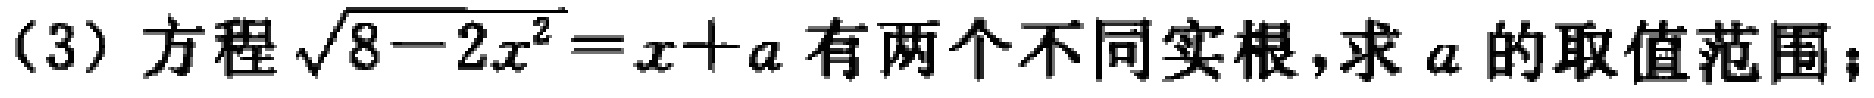
(3) 方程$\sqrt{8 - 2x^{2}} = x + a$有两个不同实根，求$a$的取值范围；